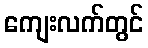
ကျေးလက်တွင်